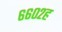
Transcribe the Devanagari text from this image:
६६०२ह